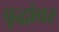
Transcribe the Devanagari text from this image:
वृद्धांवर